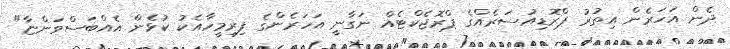
ދެން އަހަރެން އިތުރު ޕްރޮޑިއުސަރެއްގެ ޕްރޮޖެކްޓެއް ނަގާނީ އަހަރެންގެ ފިރިމީހާއެކު ކުޅެން އެއްބަސްވަންޏާ"